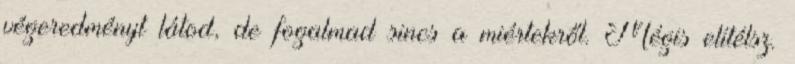
végeredményt látod, de fogalmad sincs a miértekről. Mégis elítélsz.